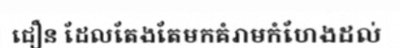
ជឿន ដែលតែងតែមកគំរាមកំហែងដល់